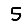
Digit: 5